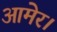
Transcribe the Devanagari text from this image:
आमेर।